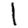
Digit: 1